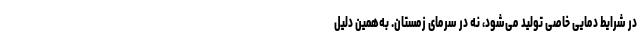
در شرایط دمایی خاصی تولید می‌شود، نه در سرمای زمستان. به‌همین دلیل